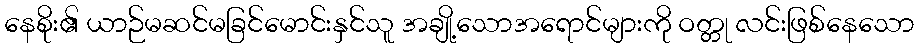
နေစိုး၏ ယာဉ်မဆင်မခြင်မောင်းနှင်သူ အချို့သောအရောင်များကို ဝတ္တု လင်းဖြစ်နေသော